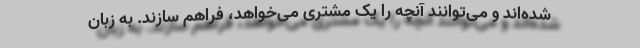
شده‌اند و می‌توانند آنچه را یک مشتری می‌خواهد، فراهم سازند. به زبان